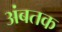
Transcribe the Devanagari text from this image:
अंबतक